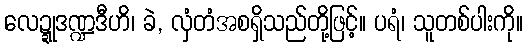
လေဍ္ဍုဒဏ္ဍဒီဟိ၊ ခဲ, လှံတံအစရှိသည်တို့ဖြင့်။ ပရံ၊ သူတစ်ပါးကို။